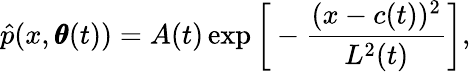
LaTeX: \hat{p}(x,\pmb\theta(t))=A(t)\exp\bigg[-\frac{(x-c(t))^{2}}{L^{2}(t)}\bigg],